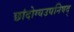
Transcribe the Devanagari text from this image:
छांदोग्यउपनिषद्